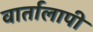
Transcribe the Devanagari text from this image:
वार्तालापी